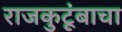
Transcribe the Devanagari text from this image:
राजकुटूंबाचा